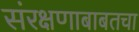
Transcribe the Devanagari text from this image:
संरक्षणाबाबतचा